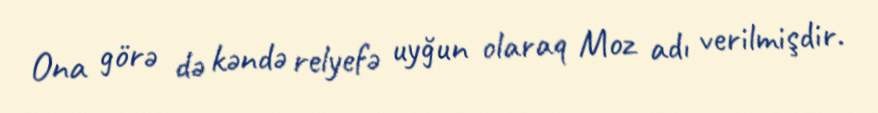
Ona görə də kəndə relyefə uyğun olaraq Moz adı verilmişdir.